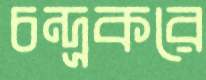
চন্দ্রকরে